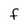
Character: F